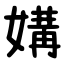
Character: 媾